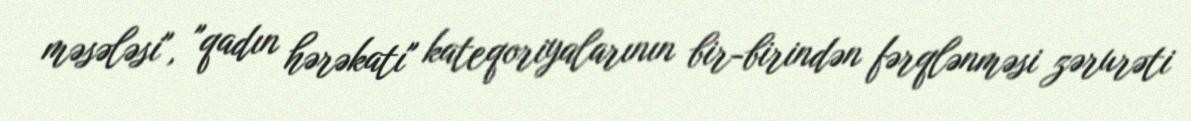
məsələsi", "qadın hərəkatı" kateqoriyalarının bir-birindən fərqlənməsi zərurəti